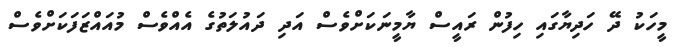
މީހަކު ދޭ ހަދިޔާގައި ހިފުން ރައީސް ޔާމީނަކަށްވެސް އަދި ދައުލަތުގެ އެއްވެސް މުއައްޒަފަކަށްވެސް